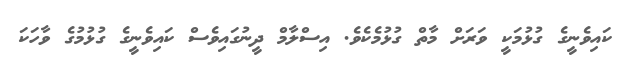
ކައިވެނީގެ ގުޅުމަކީ ވަރަށް މާތް ގުޅުމެކެވެ. އިސްލާމް ދީނުގައިވެސް ކައިވެނީގެ ގުޅުމުގެ ވާހަކަ